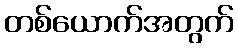
တစ်ယောက်အတွက်